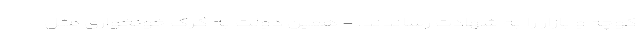
کوچه و بازار را به شهادت رساندند. - همین دولت به گرگ خونخواری مثل